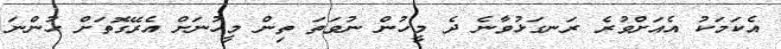
އެކަމަކު އެއަށްވުރެ ރަނގަޅުވާނެ ދެ މީހުން ނުވަތަ ތިން މީހުނަށް އެރޭގޮތަށް ހުންނަ